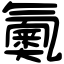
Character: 鿫